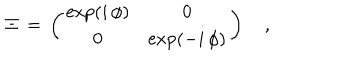
{ \mit \Xi } \, = \, \left( \begin{array} { c c } { { \exp ( i \, \phi ) } } & { { 0 } } \\ { { 0 } } & { { \exp ( - i \, \phi ) } } \\ \end{array} \right) \quad ,